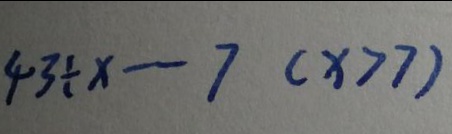
4 3 \div x - 7 ( x > 7 )